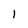
Character: I